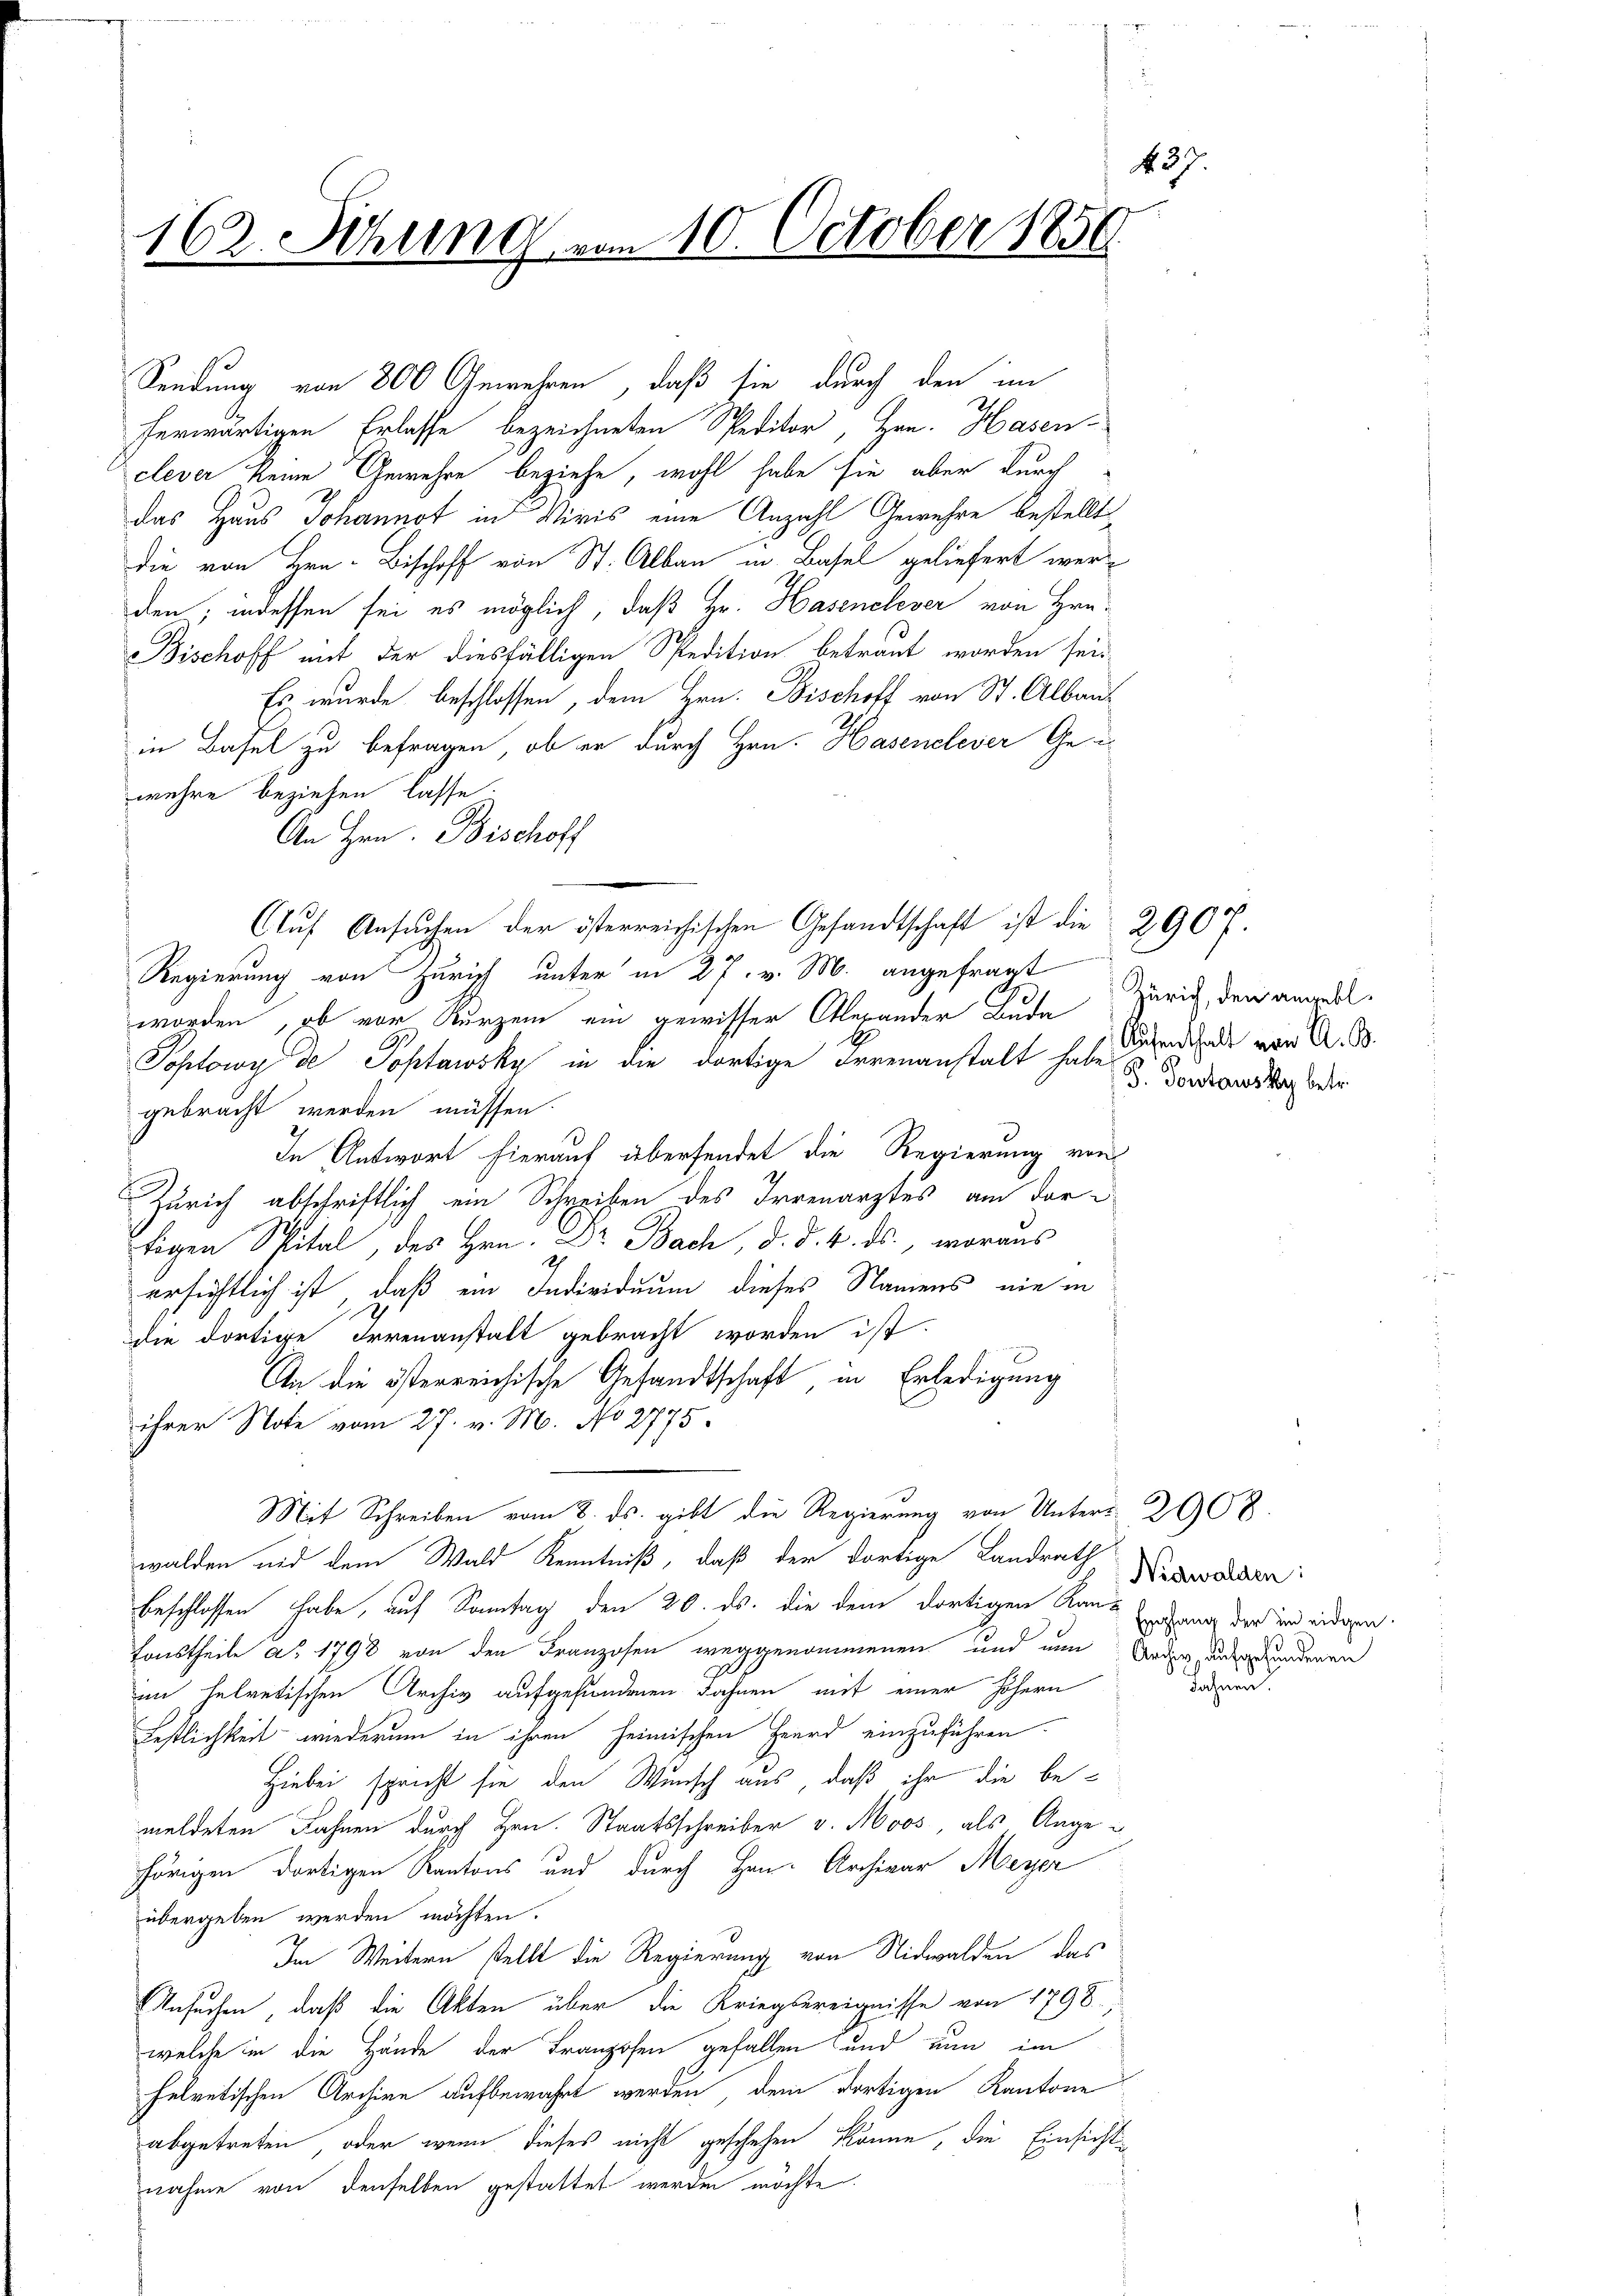
437
162. Sitzung vom 10. October 1856.

Sendung von 800 Gewehren, daß sie durch den im
herwärtigen Erlasse bezeichneten Speditor, Hrn. Hasenclever keine Gewehre beziehe, wohl habe sie aber durch
das Haus Johannot in Miris eine Anzahl Gewehre bestellt
die von Hrn. Bischoff von St. Albau in Basel geliefert werden, indessen sei es möglich, daß Hr. Hasenelever von Hrn.
Bischoff mit der diesfälligen Spedition betraut worden sei¬
Es wurde beschlossen, dem Hrn. Bischoff von St. Albau
in Basel zu befragen, ob er durch Hrn. Hasenelever Gewehre beziehen lasse.
An Hrn. Bischoff
Aŭf Ansŭchen der österreichischen Gesandtschaft ist die 290 f.
Regierung von Zürich unter in 27. v. M. angefragt
worden, ob vor Kurzem ein gewisser Oberander Bude Zürich, den angesel¬
Sohlowy de Toptawsky in die dortige Irrenanstalt habe u. Forderstag oder
gebracht werden müssen.
In Antwort hierauf übersendet die Regierung von
Zürich abschriftlich ein Schreiben des Irrenarztes am dortigen Spital, des Hrn. Dr Bach, d. d. 4. ds., woraus
ersichtlich ist, daß ein Individuum dieses Namens nie in
die dortige Irrenanstalt gebracht worden ist.
An die österreichische Gesandtschaft in Erledigung
ihrer Note vom 27. v. M. No 2775
Mit Schreiben vom 8. ds. gibt die Regierung von Unters 2908.
walden nid dem Wald Kenntniß, daß der dortige Landrath
beschlossen habe, auf Sonntag den 20. ds. die dem dortigen Kant lang der und eidgen
Tonstheile a. 1798 von den Franzosen weggenommenen und nun Orden, ausgesundenen
im helvetischen Archiv aufgefundenen Fahnen mit einer höhern
Festlichkeit wiederum in ihren heimischen Heird einzuführen.
Hiebei spricht sie den Wunsch aus, daß ihr die bemeldeten Jahren durch Hrn. Staatsschreiber v. Moos, als Angehörigen dortigen Kantons und durch Hrn. Archivar Meyer
übergeben werden möchten.
Im Weitern stellt die Regierung von Nidwalden, das
Ansuchen, daß die Akten über die Kriegsereignisse von 1798,
welche in die Hände der Franzosen gefallen und nun im
helvetischen Archive aufbewahrt werden, dem dortigen Kantone
abgetreten, oder wenn dieses nicht geschehen könne, die Einsichts
nahme von denselben gestattet werden möchte.

Aufenthalt von A. B.

Nidwalden:

dahnen.